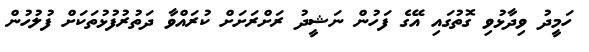
ހަމީދު ވިދާޅުވި ގޮތުގައި އޭގެ ފަހުން ނަޝީދު ރަށްރަށަށް ކުރައްވާ ދަތުރުފުޅުތަކަށް ފުލުހުން